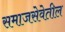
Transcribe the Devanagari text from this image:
समाजसेवेतील